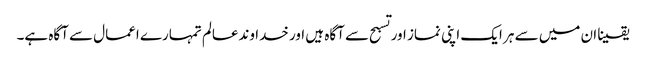
یقینا ان میں سے ہر ایک اپنی نماز اور تسبح سے آگاہ ہیں اور خدا وندعالم تمہارے اعمال سے آگاہ ہے۔